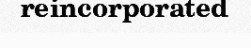
reincorporated